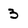
Character: 3